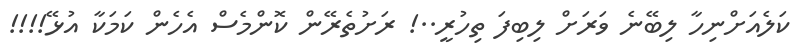
ކަލެއަށްނިހާ ލިބޭނެ ވަރަށް ލިބިފަ ތިހުރީ..! ރަށުތެރޭން ކޮންމެސް އެހެން ކަމަކާ އުޅޭ!!!!